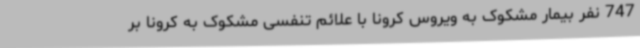
747 نفر بیمار مشکوک به ویروس کرونا با علائم تنفسی مشکوک به کرونا بر